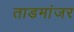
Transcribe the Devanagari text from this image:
ताडमांजर